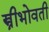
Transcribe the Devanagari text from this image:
स्त्रीभोवती